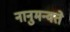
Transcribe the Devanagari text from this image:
नानुमन्वते